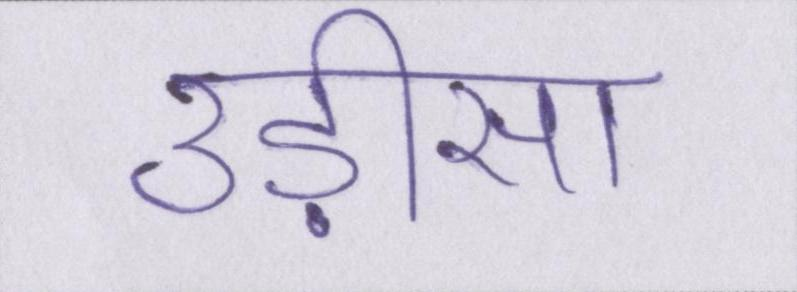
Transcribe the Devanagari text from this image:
उड़ीसा